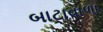
બાટાવાળા